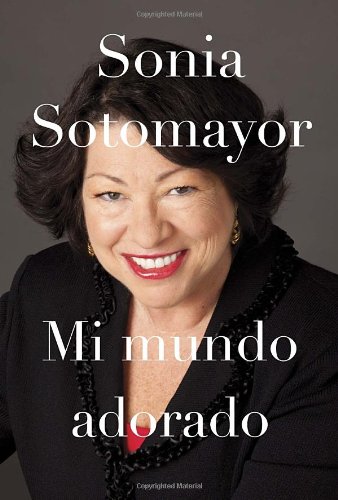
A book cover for Mi mundo adorado (Spanish Edition); Sonia Sotomayor; Biographies & Memoirs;